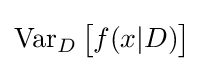
\operatorname {Var} _{D}{\big [}f(x|D){\big ]}